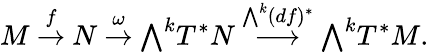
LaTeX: M\ {\stackrel{f}{\to}}\ N\ {\stackrel{\omega}{\to}}\ {\textstyle\bigwedge}^{k}T^{*}N\ {\stackrel{{\bigwedge}^{k}(df)^{*}}{\longrightarrow}}\ {\textstyle\bigwedge}^{k}T^{*}M.